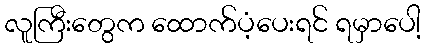
လူကြီးတွေက ထောက်ပံ့ပေးရင် ရမှာပေါ့